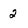
Character: 2